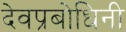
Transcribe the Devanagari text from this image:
देवप्रबोधिनी